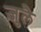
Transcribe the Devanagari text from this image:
ज़ुलै